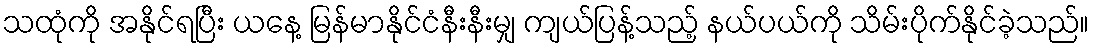
သထုံကို အနိုင်ရပြီး ယနေ့ မြန်မာနိုင်ငံနီးနီးမျှ ကျယ်ပြန့်သည့် နယ်ပယ်ကို သိမ်းပိုက်နိုင်ခဲ့သည်။